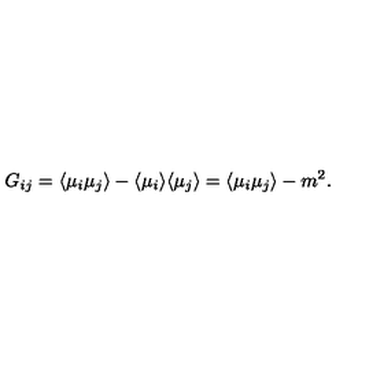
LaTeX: G _ { i j } = \langle \mu _ { i } \mu _ { j } \rangle - \langle \mu _ { i } \rangle \langle \mu _ { j } \rangle = \langle \mu _ { i } \mu _ { j } \rangle - m ^ { 2 } .